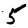
Digit: 5